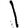
Digit: 1